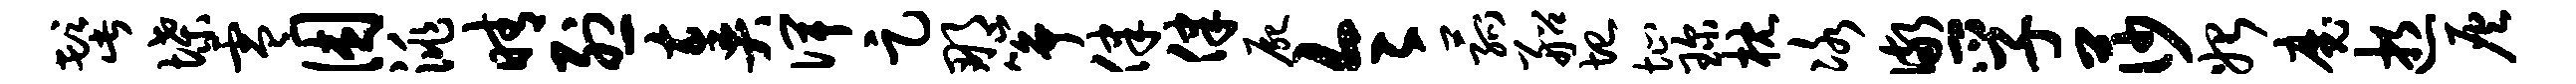
髭堞零困洮晴烈奏俾足那筝律律尸令菰船圮址琛枕冰儆孚莎始魔逝灰